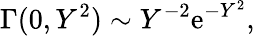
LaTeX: \Gamma(0,Y^{2})\sim Y^{-2}\textrm{e}^{-Y^{2}},